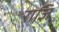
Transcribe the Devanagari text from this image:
राज्ञि